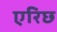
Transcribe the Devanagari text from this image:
एरिछ